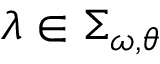
\lambda \in \Sigma _ { \omega , \theta }